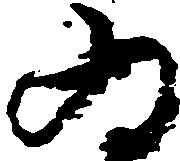
為